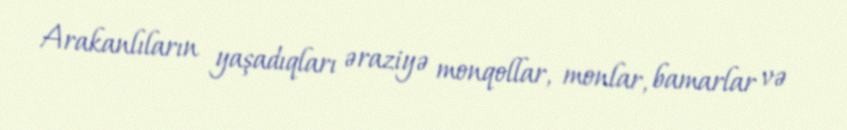
Arakanlıların yaşadıqları əraziyə monqollar, monlar, bamarlar və